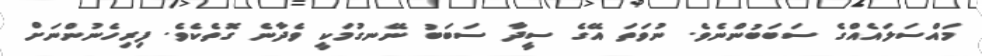
މައްސަލައެއްގެ ސަބަބުންނެވެ. ނުވަތަ އޭގެ ސީދާ ސަބަބު ނޭނގުމަކީ ވެދާނެ ގޮތެކެވެ. ފިރިހެނުންނަށް